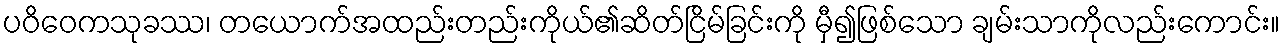
ပဝိဝေကသုခဿ၊ တယောက်အထည်းတည်းကိုယ်၏ဆိတ်ငြိမ်ခြင်းကို မှီ၍ဖြစ်သော ချမ်းသာကိုလည်းကောင်း။